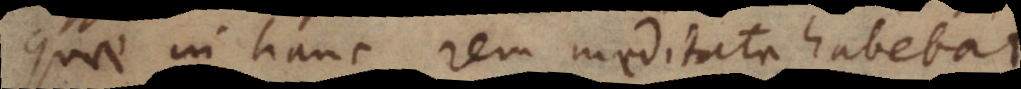
quae in hanc rem meditata habebat.